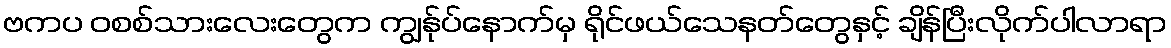
ဗကပ ဝစစ်သားလေးတွေက ကျွန်ုပ်နောက်မှ ရိုင်ဖယ်သေနတ်တွေနှင့် ချိန်ပြီးလိုက်ပါလာရာ